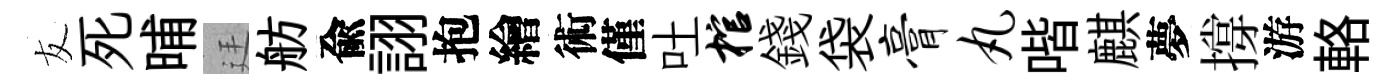
友死晡廷舫兪詡抱繪術僅吐棺錢袋膏丸喈麒夢撐游輅